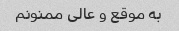
به موقع و عالی ممنونم